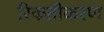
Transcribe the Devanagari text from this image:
रिकतीकरण